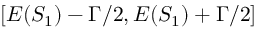
[ E ( S _ { 1 } ) - \Gamma / 2 , E ( S _ { 1 } ) + \Gamma / 2 ]